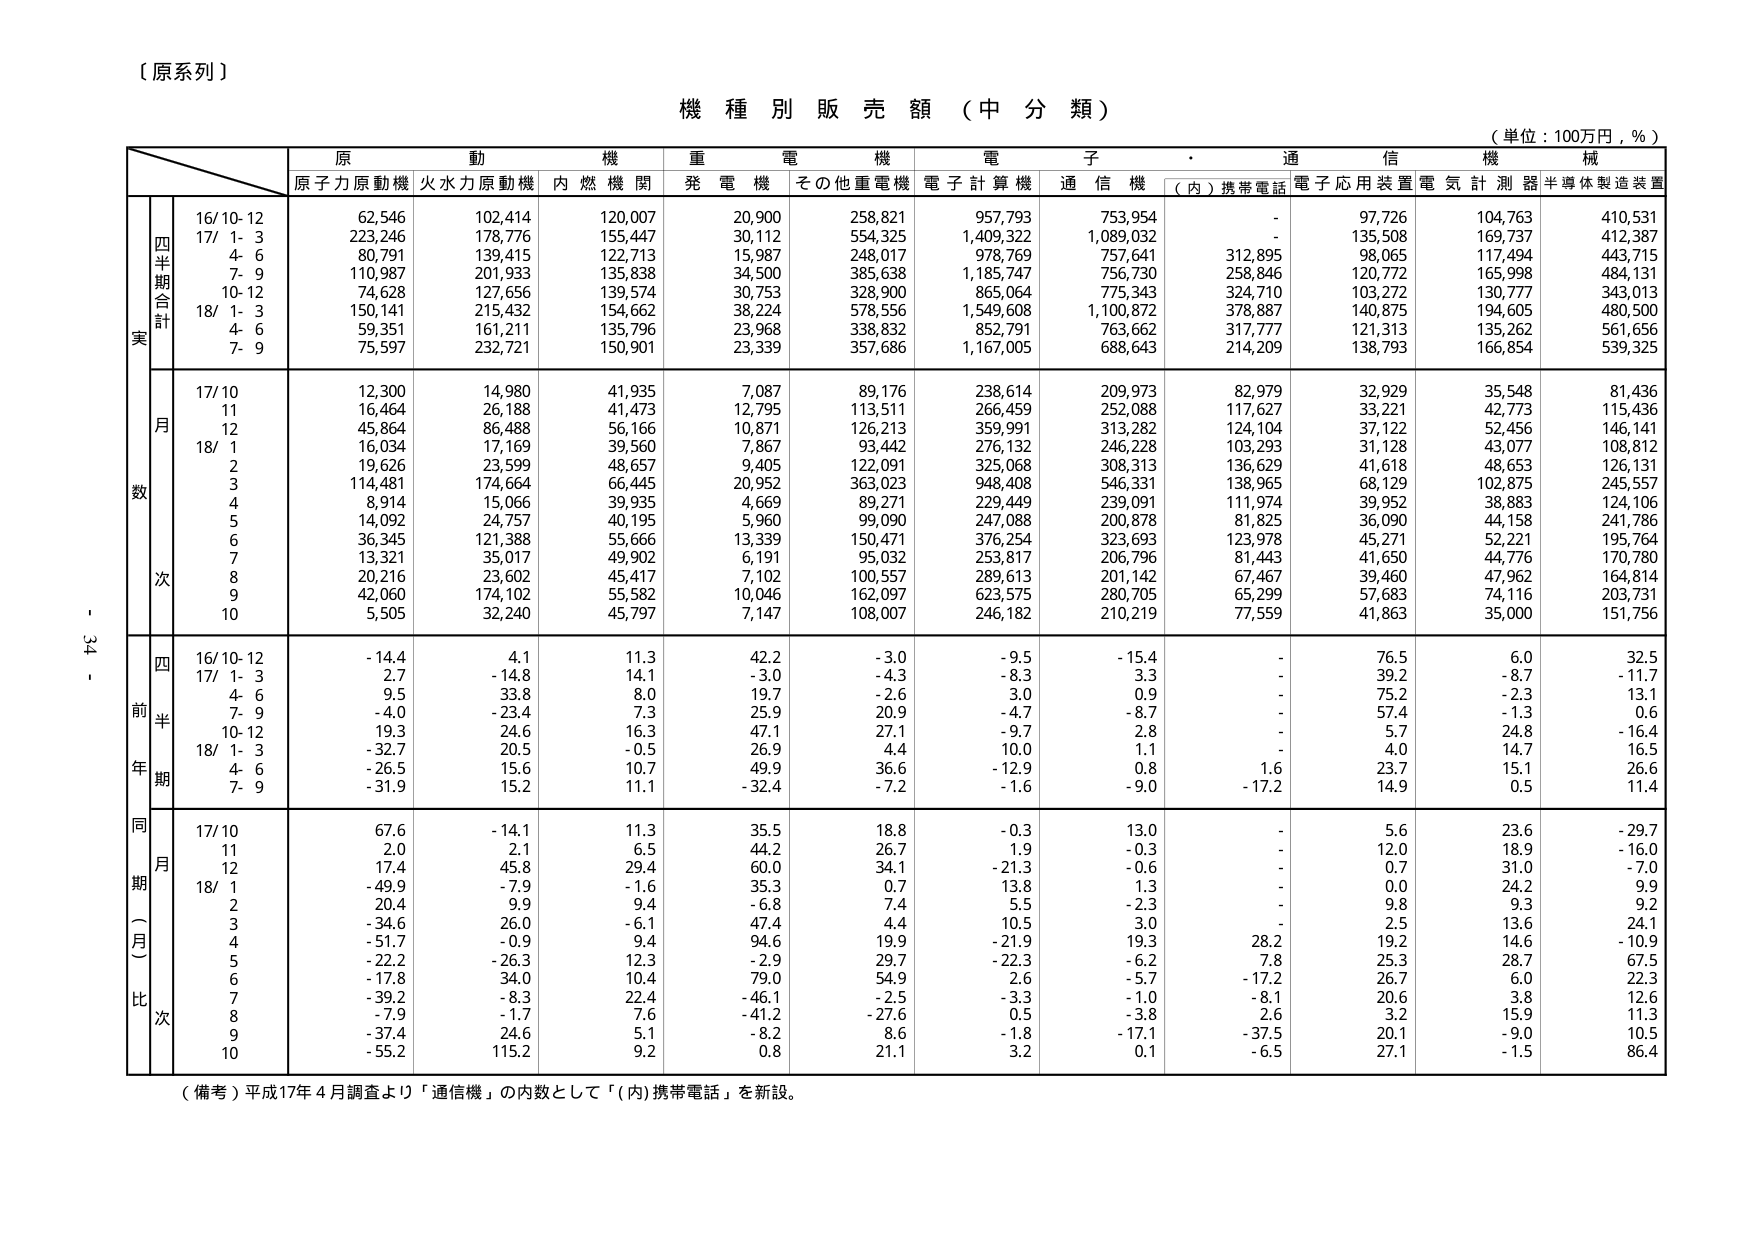
【原系列】

機種別販売額（中分類）

（単位：100万円，％）

原動機　重電機　電子　通信機　機械
原子力原動機　火力原動機　内燃機関　発電機　その他重電機　電子計算機　通信機　（内）携帯電話　電子応用装置　電気計測器　半導体製造装置

四半期合計
実
16/10-12　62,546　102,414　120,007　20,900　258,821　957,793　753,954　-　97,726　104,763　410,531
17/1-3　223,246　178,776　155,447　30,112　554,325　1,409,322　1,089,032　-　135,508　169,737　412,387
4-6　80,791　139,415　122,713　15,987　248,017　978,769　757,641　312,895　98,065　117,494　443,715
7-9　110,987　201,933　135,838　34,500　385,638　1,185,747　756,730　258,846　120,772　165,998　484,131
10-12　74,628　127,656　139,574　30,753　328,900　865,064　775,343　324,710　103,272　130,777　343,013
18/1-3　150,141　215,432　154,662　38,224　578,556　1,549,608　1,100,872　378,887　140,875　194,605　480,500
4-6　59,351　161,211　135,796　23,968　338,832　852,791　763,662　317,777　121,313　135,262　561,656
7-9　75,597　232,721　150,901　23,399　357,686　1,167,005　688,643　214,209　138,793　166,854　539,325

月数
17/10　12,300　14,980　41,935　7,087　89,176　238,614　209,973　82,979　32,929　35,548　81,436
11　16,464　26,188　41,473　12,795　113,511　266,459　252,088　117,627　33,221　42,773　115,436
12　45,864　86,488　56,166　10,871　126,213　359,991　313,282　124,104　37,122　52,456　146,141
18/1　16,034　17,169　39,560　7,867　93,442　276,132　246,228　103,293　31,128　43,077　108,812
2　19,626　23,599　48,657　9,405　122,091　325,068　308,313　136,629　41,618　48,653　126,131
3　114,481　174,664　66,445　20,952　363,023　948,408　546,331　138,965　68,129　102,875　245,557
4　8,914　15,066　39,935　4,669　89,271　229,449　239,091　111,974　39,952　38,883　124,106
5　14,092　24,757　40,195　5,960　99,090　247,088　200,878　81,825　36,090　44,158　241,786
6　36,345　121,388　55,666　13,339　150,471　376,254　323,693　123,978　45,271　52,221　195,764
7　13,321　35,017　49,902　6,191　95,032　253,817　206,796　81,443　41,650　44,776　170,780
8　20,216　23,602　45,417　7,102　100,557　289,613　201,142　67,467　39,460　47,962　164,814
9　42,060　174,102　55,582　10,046　162,097　623,575　280,705　65,299　57,683　74,116　203,731
10　5,505　32,240　45,797　7,147　108,007　246,182　210,219　77,559　41,863　35,000　151,756

前年同期（四半期）
16/10-12　-14.4　4.1　11.3　42.2　-3.0　-9.5　-15.4　-　76.5　6.0　32.5
17/1-3　2.7　-14.8　14.1　-3.0　-4.3　-8.3　3.3　-　39.2　-8.7　-11.7
4-6　9.5　33.8　8.0　19.7　-2.6　3.0　0.9　-　75.2　-2.3　13.1
7-9　-4.0　-23.4　7.3　25.9　20.9　-4.7　-8.7　-　57.4　-1.3　0.6
10-12　19.3　24.6　16.3　47.1　27.1　-9.7　2.8　-　5.7　24.8　-16.4
18/1-3　-32.7　20.5　-0.5　26.9　4.4　10.0　1.1　-　4.0　14.7　16.5
4-6　-26.5　15.6　10.7　49.9　36.6　-12.9　0.8　1.6　23.7　15.1　26.6
7-9　-31.9　15.2　11.1　-32.4　-7.2　-1.6　-9.0　-17.2　14.9　0.5　11.4

同期（月）比
17/10　67.6　-14.1　11.3　35.5　18.8　-0.3　13.0　-　5.6　23.6　-29.7
11　2.0　2.1　6.5　44.2　26.7　1.9　-0.3　-　12.0　18.9　-16.0
12　17.4　45.8　29.4　60.0　34.1　-21.3　-0.6　-　0.7　31.0　-7.0
18/1　-49.9　-7.9　-1.6　35.3　0.7　13.8　1.3　-　0.0　24.2　9.9
2　20.4　9.9　9.4　-6.8　7.4　5.5　-2.3　-　9.8　9.3　9.2
3　-34.6　26.0　-6.1　47.4　4.4　10.5　3.0　-　2.5　13.6　24.1
4　-51.7　-0.9　9.4　94.6　19.9　-21.9　19.3　28.2　19.2　14.6　-10.9
5　-22.2　-26.3　12.3　-2.9　29.7　-22.3　-6.2　7.8　25.3　28.7　67.5
6　-17.8　34.0　10.4　79.0　54.9　2.6　-5.7　-17.2　26.7　6.0　22.3
7　-39.2　-8.3　22.4　-46.1　-2.5　-3.3　-1.0　-8.1　20.6　3.8　12.6
8　-7.9　-1.7　7.6　-41.2　-27.6　0.5　-3.8　2.6　3.2　15.9　11.3
9　-37.4　24.6　5.1　-8.2　8.6　-1.8　-17.1　-37.5　20.1　-9.0　10.5
10　-55.2　115.2　9.2　0.8　21.1　3.2　0.1　-6.5　27.1　-1.5　86.4

（備考）平成17年4月調査より「通信機」の内数として「（内）携帯電話」を新設。

- 34 -